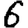
Digit: 6